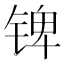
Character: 𰾎